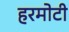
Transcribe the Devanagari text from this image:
हरमोटी